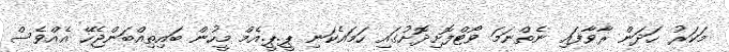
މަކަރު ހަދަން ރާވާފައި ނެތްނަމަ ވޯޓްފޮށިދޮށުގައި ހަމައެކަނި ޕީ.ޕީ.އެމް މީހުން ބައިތިއްބަންޖެހޭ އެއްވެސް